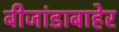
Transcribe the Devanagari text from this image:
बीजांडाबाहेर